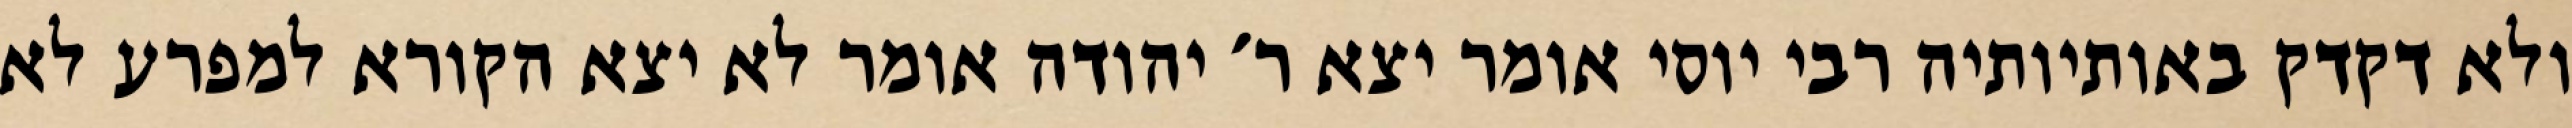
ולא דקדק באותיותיה רבי יוסי אומר יצא ר׳ יהודה אומר לא יצא הקורא למפרע לא